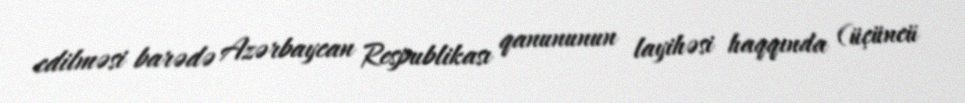
edilməsi barədə Azərbaycan Respublikası qanununun layihəsi haqqında (üçüncü